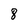
Character: 8